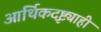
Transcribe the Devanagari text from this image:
आर्थिकदृष्ट्याही